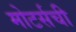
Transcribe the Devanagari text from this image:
मोटर्सची